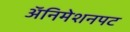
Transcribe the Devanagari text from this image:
अॅनिमेशनपट